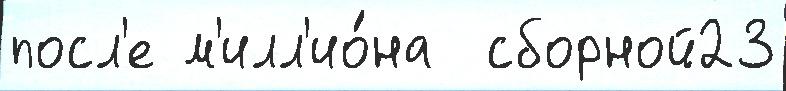
посл'е м'илл'ио́на  сборной23